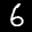
Label: 6